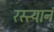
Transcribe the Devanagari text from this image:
रस्त्यानं